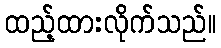
ထည့်ထားလိုက်သည်။